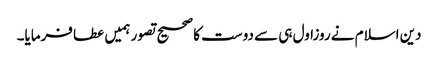
دین اسلام نے روزاول ہی سے دوست کا صحیح تصور ہمیں عطا فرمایا۔